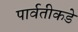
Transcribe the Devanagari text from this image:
पार्वतीकडे